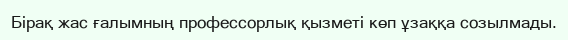
Бірақ жас ғалымның профессорлық қызметі көп ұзаққа созылмады.